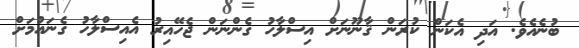
ބުނެއެވެ. އަދި އެކަން ކުރަން ޤާނޫނަށް އިސްލާހު ގެންނަން ޖެހޭއިރު އެއިސްލާހު ގެނައުމަށް